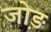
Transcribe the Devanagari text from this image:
जो़ड़